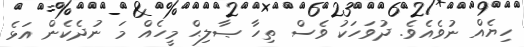
ހިޔެއް ނުވެއެވެ. ދުވަހަކު ވެސް ތިހާ ޞާލިޙް މީހެއް މަ ނުދެކެން އަޅެ